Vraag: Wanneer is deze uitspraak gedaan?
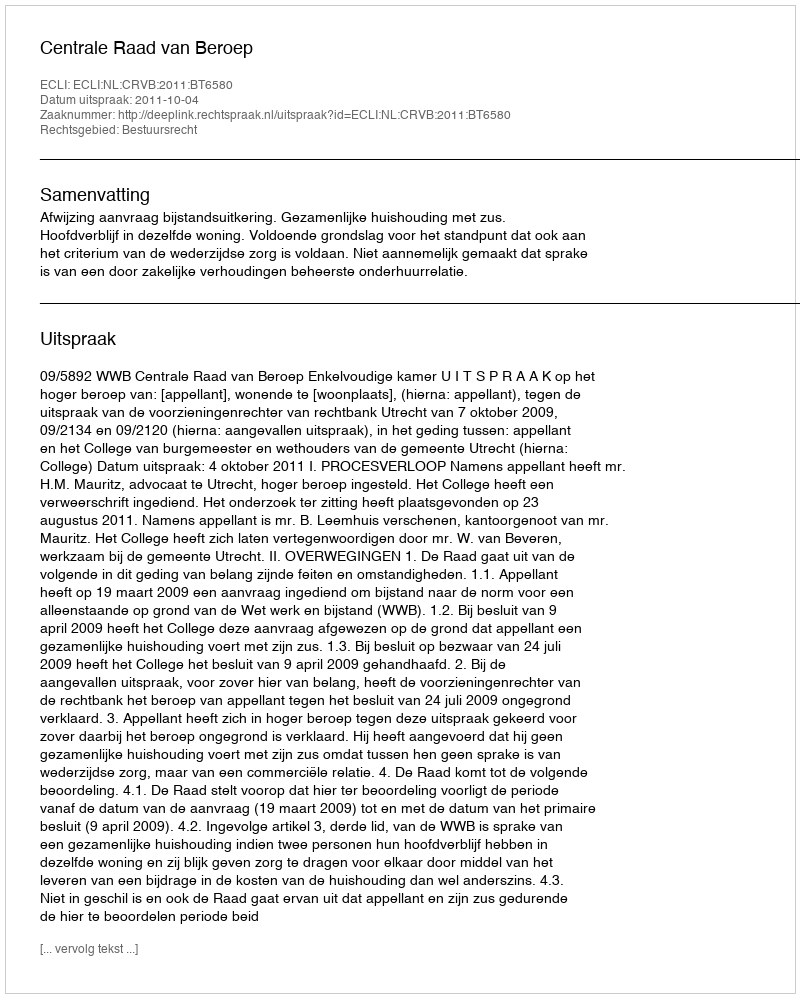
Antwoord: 2011-10-04